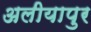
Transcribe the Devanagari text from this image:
अलीयापुर